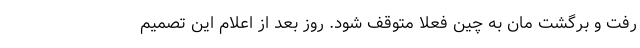
رفت و برگشت مان به چین فعلاً متوقف شود. روز بعد از اعلام این تصمیم